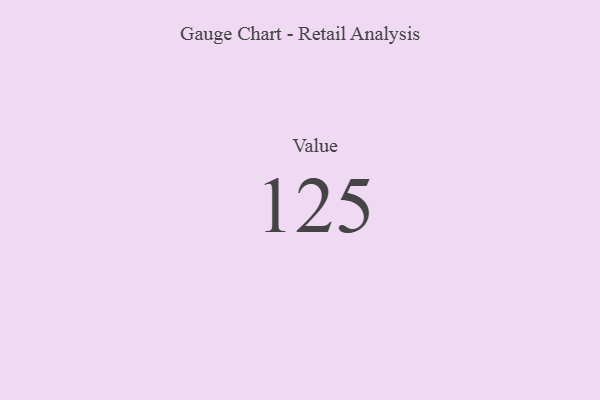
{"axis": {"x": "Metric", "y": "Value"}, "legend": [""], "data": [{"x": "Value", "y": 125, "type": ""}]}